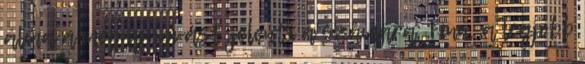
álma a megnyugvást jelenti a számára; Finn, a legjobb